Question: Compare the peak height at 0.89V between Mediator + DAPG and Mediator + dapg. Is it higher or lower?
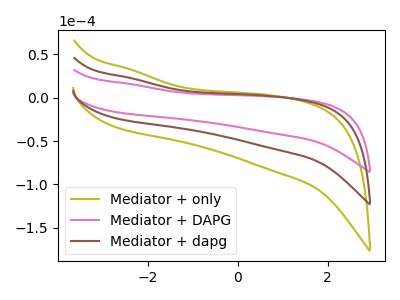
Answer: <think>The olive curve "Mediator + only" has no peaks. The pink curve "Mediator + DAPG" has no peaks. The brown curve "Mediator + dapg" has no peaks.</think>
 <answer>"Mediator + DAPG" and "Mediator + dapg" dont share a peak at 0.89V.</answer>
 <eval>mismatch</eval>